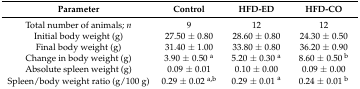
<table><thead><tr><td><b>Parameter</b></td><td><b>Control</b></td><td><b>HFD-ED</b></td><td><b>HFD-CO</b></td></tr></thead><tbody><tr><td>Total number of animals; <i>n</i></td><td>9</td><td>12</td><td>12</td></tr><tr><td>Initial body weight (g)</td><td>27.50 ± 0.80</td><td>28.60 ± 0.80</td><td>24.30 ± 0.50</td></tr><tr><td>Final body weight (g)</td><td>31.40 ± 1.00</td><td>33.80 ± 0.80</td><td>36.20 ± 0.90</td></tr><tr><td>Change in body weight (g)</td><td>3.90 ± 0.50 <sup>a</sup></td><td>5.20 ± 0.30 <sup>a</sup></td><td>8.60 ± 0.50 <sup>b</sup></td></tr><tr><td>Absolute spleen weight (g)</td><td>0.09 ± 0.01</td><td>0.10 ± 0.00</td><td>0.09 ± 0.00</td></tr><tr><td>Spleen/body weight ratio (g/100 g)</td><td>0.29 ± 0.02 <sup>a,b</sup></td><td>0.29 ± 0.01 <sup>a</sup></td><td>0.24 ± 0.01 <sup>b</sup></td></tr></tbody></table>